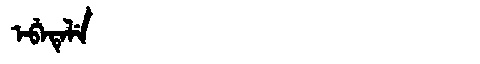
Manchu: ᡝᠪᡝᡨᡝᠯᡝ
Romanization: EBETELE